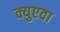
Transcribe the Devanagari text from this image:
क्युएवा